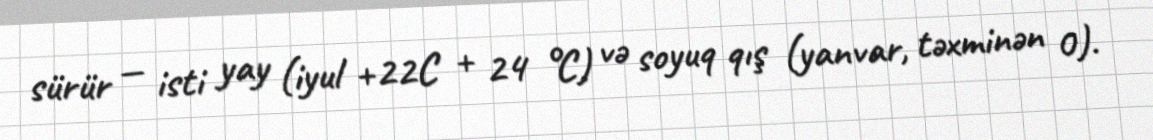
sürür — isti yay (iyul +22C + 24 °C) və soyuq qış (yanvar, təxminən 0).